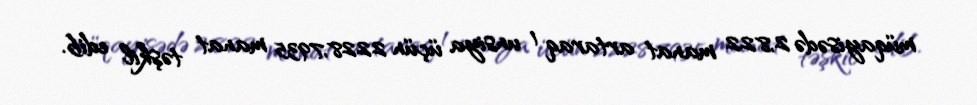
müqayisədə 2,822 manat artaraq 1 unsiya üçün 2228,7935 manat təşkil edib.